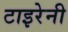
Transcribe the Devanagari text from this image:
टाइरेनी